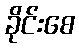
ခိုင်းစေ